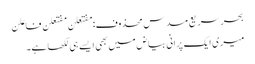
بحرِ سریع مسدس محذوف:مفتعلن مفتعلن فاعلن
میری ایک پرانی بیاض میں بھی ایسے ہی لکھا ہے۔